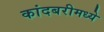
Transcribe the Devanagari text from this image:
कांदबरीमध्ये